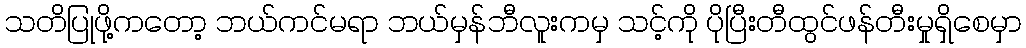
သတိပြုဖို့ကတော့ ဘယ်ကင်မရာ ဘယ်မှန်ဘီလူးကမှ သင့်ကို ပိုပြီးတီထွင်ဖန်တီးမှုရှိစေမှာ